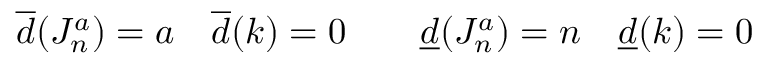
\overline { { { d } } } ( J _ { n } ^ { a } ) = a \quad \overline { { { d } } } ( k ) = 0 \qquad \underline { { { d } } } ( J _ { n } ^ { a } ) = n \quad \underline { { { d } } } ( k ) = 0